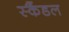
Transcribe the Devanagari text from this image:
स्‍कैंडल